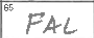
Transcription: FAL